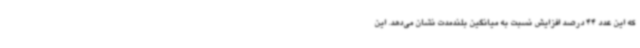
که این عدد 44 درصد افزایش نسبت به میانگین بلندمدت نشان می‌دهد. این